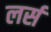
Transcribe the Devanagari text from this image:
लर्स